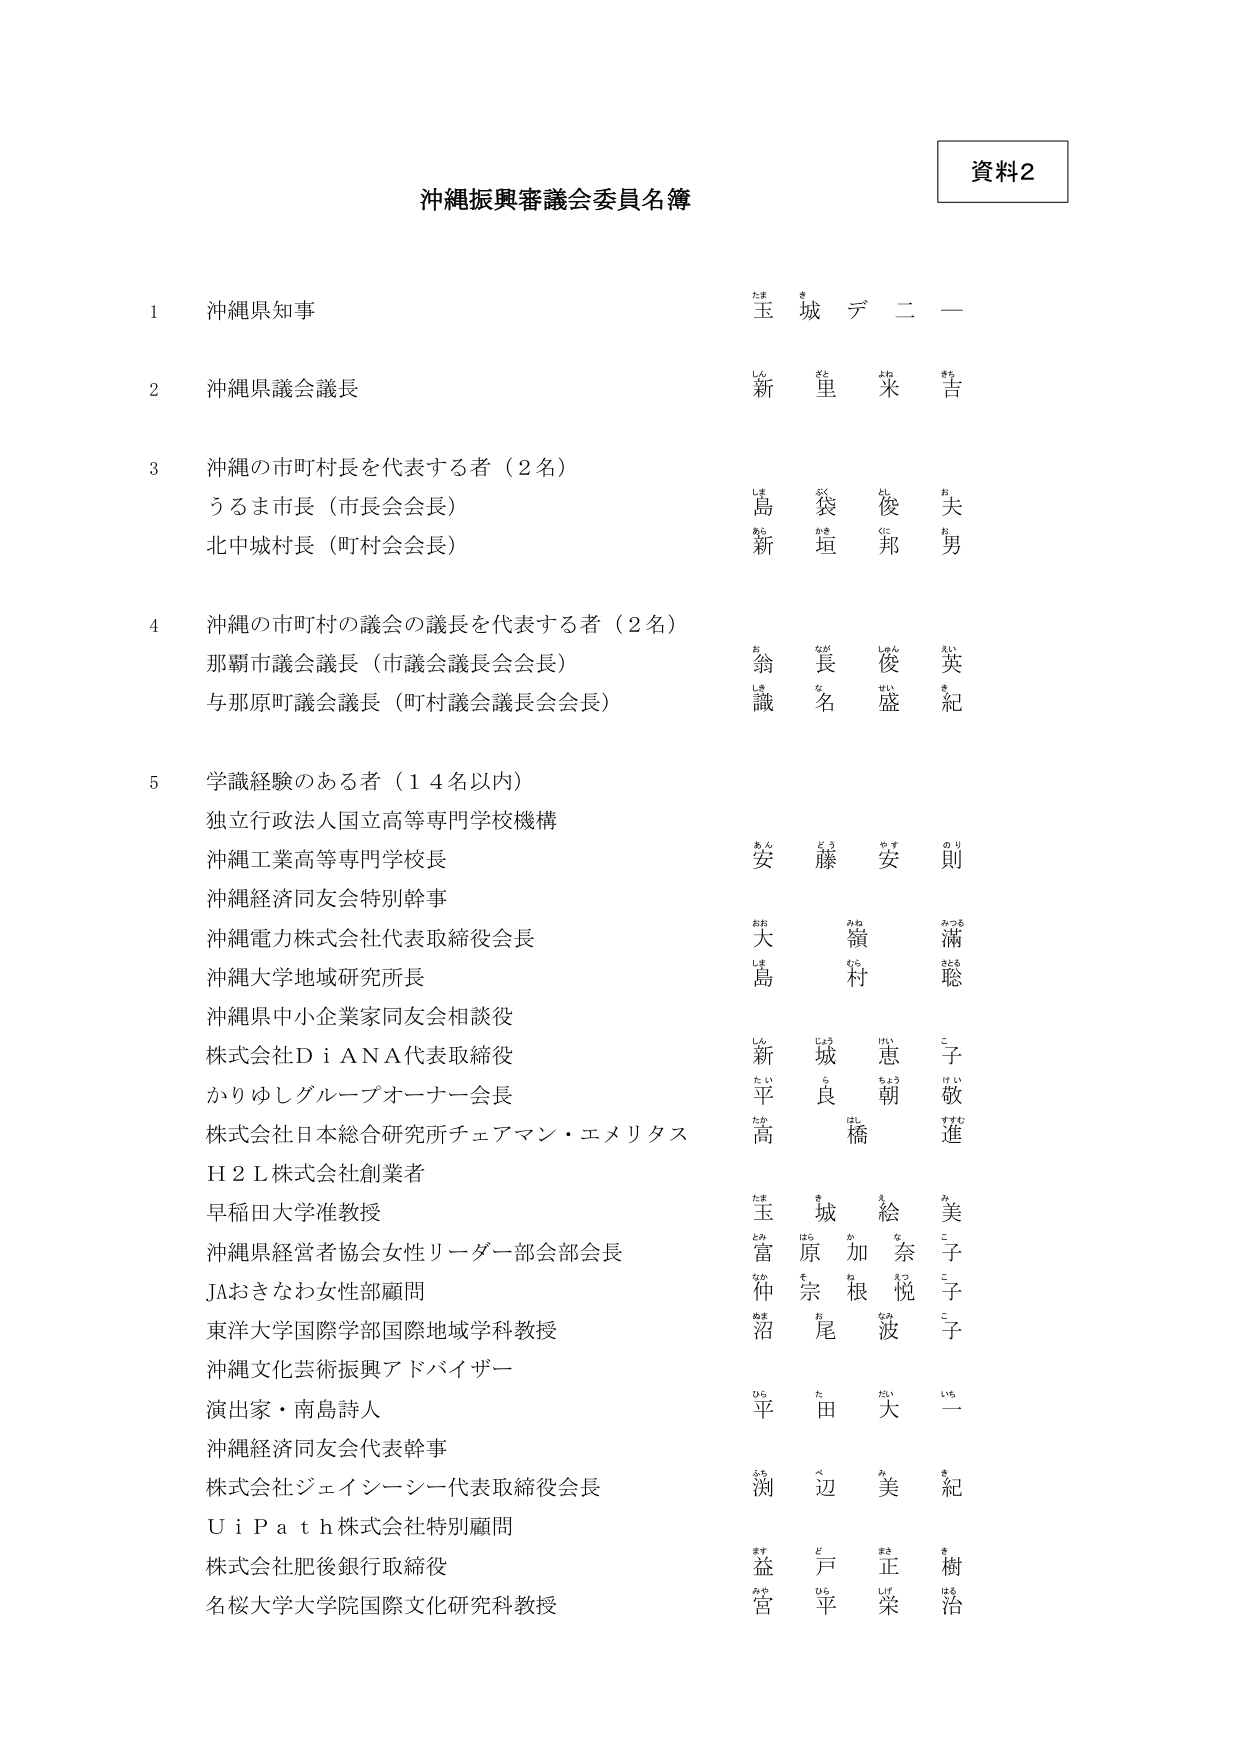
資料2

沖縄振興審議会委員名簿

1 沖縄県知事
玉城デニー
たまき じょう

2 沖縄県議会議長
新里米吉
しんざと よね きち

3 沖縄の市町村長を代表する者（2名）
うるま市長（市長会会長）
島袋俊夫
しま ぶく とし お
北中城村長（町村会会長）
新垣邦男
あら かき くに お

4 沖縄の市町村の議会の議長を代表する者（2名）
那覇市議会議長（市議会議長会会長）
翁長俊英
お なが しゅん えい
与那原町議会議長（町村議会議長会会長）
識名盛紀
しき な せい き

5 学識経験のある者（14名以内）
独立行政法人国立高等専門学校機構
沖縄工業高等専門学校長
安藤安則
あんどう やすのり
沖縄経済同友会特別幹事
大嶺滿
おおみね みつる
沖縄電力株式会社代表取締役会長
島村聡
しまむら さとる
沖縄大学地域研究所長
新城恵子
しんじょう けいこ
沖縄県中小企業家同友会相談役
平良朝敬
たいら ちょう けい
株式会社ＤｉＡＮＡ代表取締役
高橋進
たかはし すすむ
かりゆしグループオーナー会長
玉城絵美
たまき えみ
株式会社日本総合研究所チェアマン・エメリタス
富原加奈子
とみはら かなこ
Ｈ２Ｌ株式会社創業者
仲宗根悦子
なかそね えつこ
早稲田大学准教授
沼尾波子
ぬまお なみこ
沖縄県経営者協会女性リーダー部会部会長
平田大一
ひらた だいいち
JAおきなわ女性部顧問
渕辺美紀
ふちべ みき
東洋大学国際学部国際地域学科教授
益戸正樹
ますど まさき
沖縄文化芸術振興アドバイザー
宮平栄治
みやひら えいじ
演出家・南島詩人
沖縄経済同友会代表幹事
株式会社ジェイシーシー代表取締役会長
ＵｉＰａｔｈ株式会社特別顧問
株式会社肥後銀行取締役
名桜大学大学院国際文化研究科教授